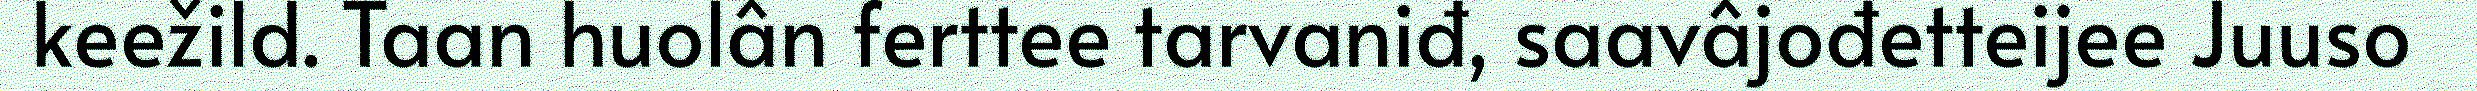
keežild. Taan huolân ferttee tarvaniđ, saavâjođetteijee Juuso